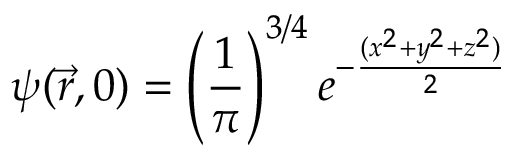
\psi ( \vec { r } , 0 ) = \left( \frac { 1 } { \pi } \right) ^ { 3 / 4 } e ^ { - \frac { ( x ^ { 2 } + y ^ { 2 } + z ^ { 2 } ) } { 2 } }